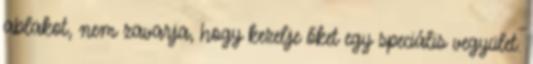
ablakot, nem zavarja, hogy kezelje őket egy speciális vegyület.